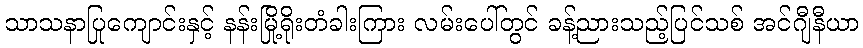
သာသနာပြုကျောင်းနှင့် နန်းမြို့ရိုးတံခါးကြား လမ်းပေါ်တွင် ခန့်ညားသည့်ပြင်သစ် အင်ဂျီနီယာ